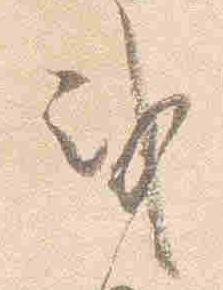
或